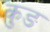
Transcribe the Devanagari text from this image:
कुङ